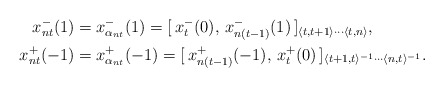
\begin{align*}x_{nt}^-(1)&= x_{\alpha_{nt}}^-(1)=[\,x_t^-(0),\, x_{n(t-1)}^-(1)\,]_{\langle t, t+1\rangle\cdots \langle t, n\rangle},\\x_{nt}^+(-1)&= x_{\alpha_{nt}}^+(-1)=[\,x_{n(t-1)}^+(-1),\, x_{t}^+(0)\,]_{\langle t+1, t\rangle^{-1}\cdots \langle n, t\rangle^{-1}}.\end{align*}